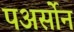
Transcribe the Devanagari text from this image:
पअर्सोन